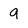
Character: g